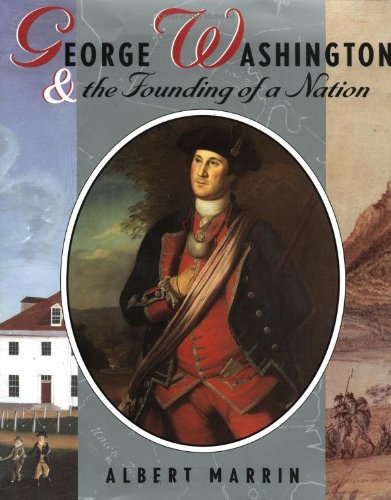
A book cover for George Washington and the Founding of A Nation; Albert Marrin; Teen & Young Adult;